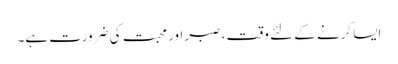
ایسا کرنے کے لئے وقت ، صبر اور محبت کی ضرورت ہے۔